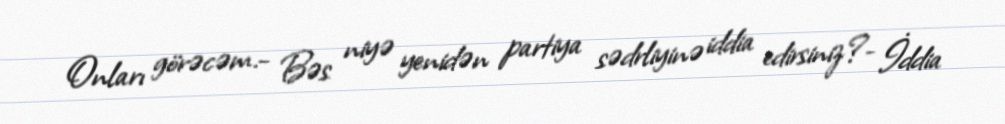
Onları görəcəm.- Bəs niyə yenidən partiya sədrliyinə iddia edirsiniz?- İddia